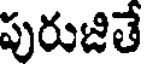
పురుజితే